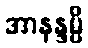
အာနန္ဒမ္ပိ